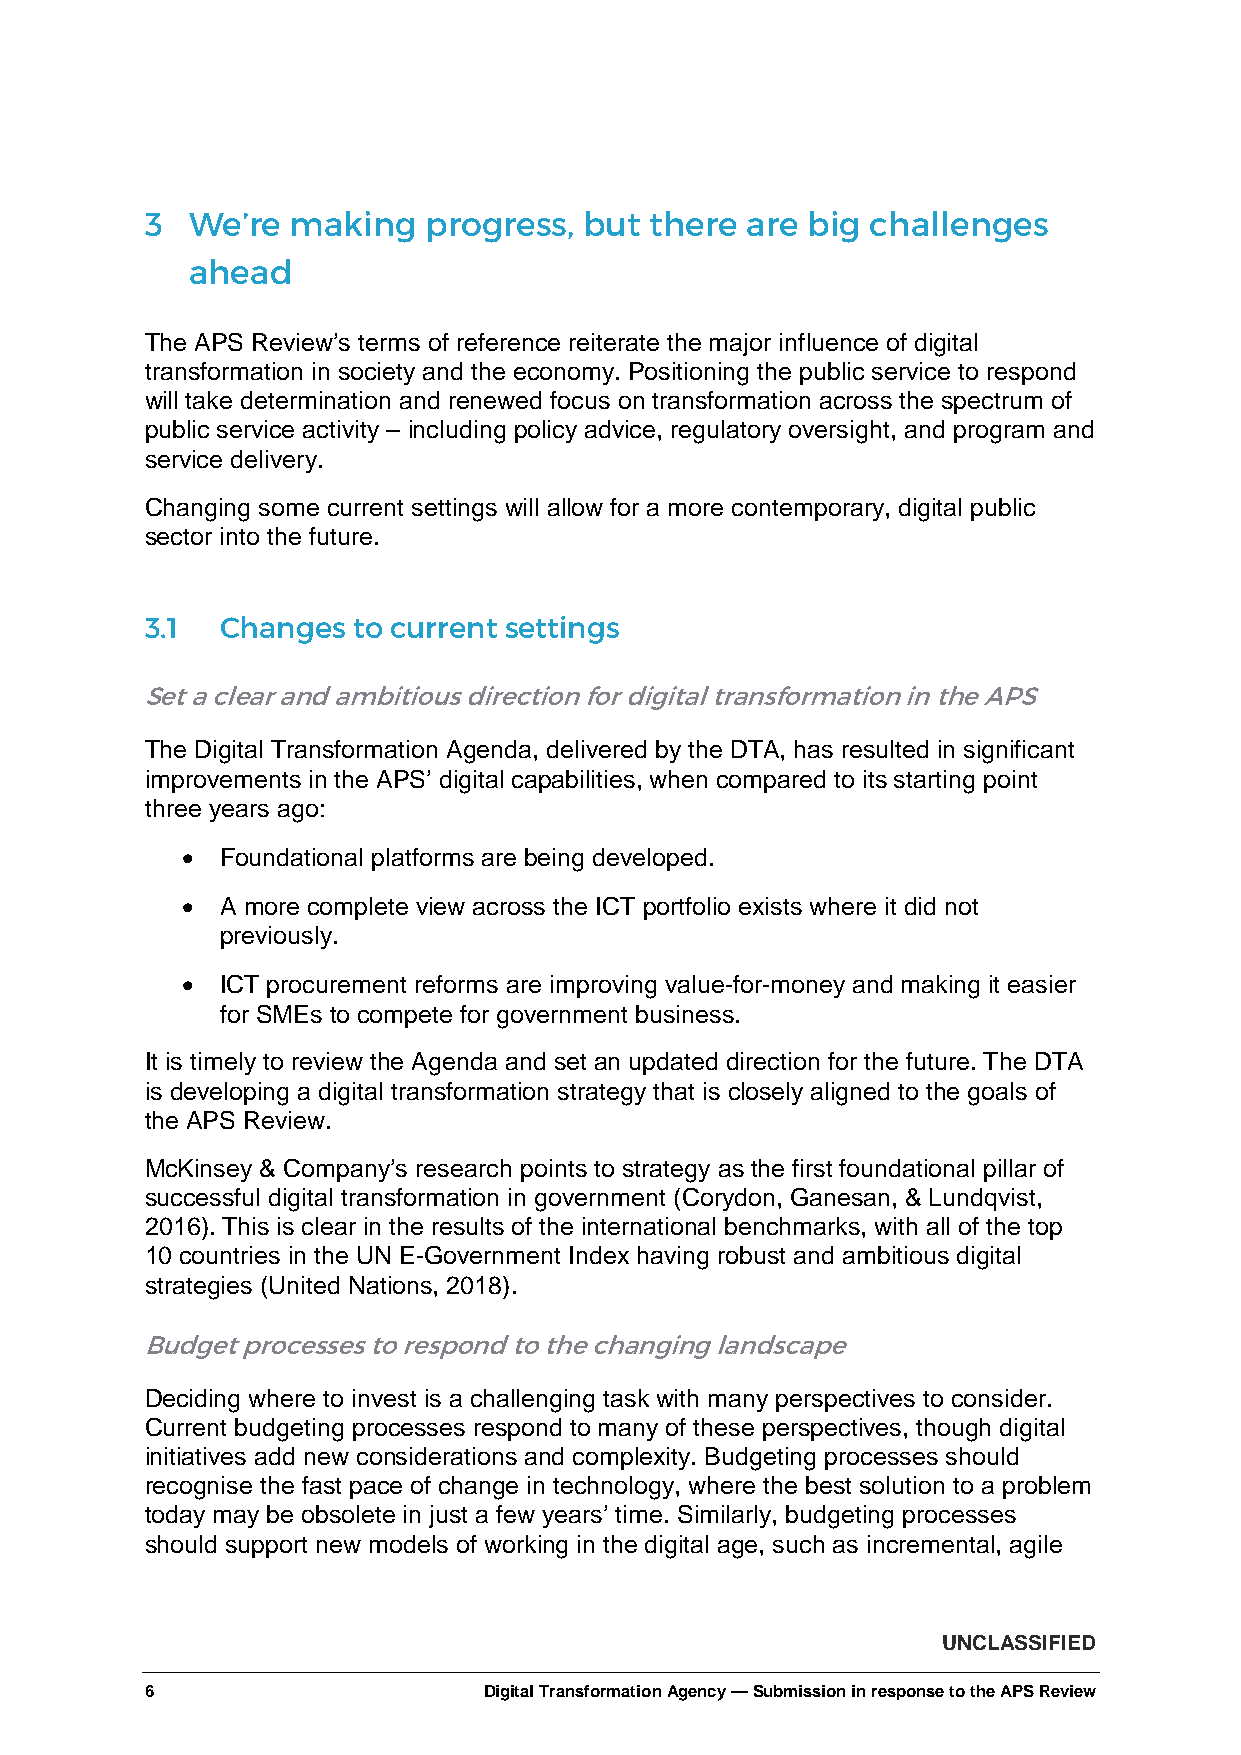
3  We’re making   progress,  but there are big  challenges
 ahead
 The APS Review’s terms of reference reiterate the major influence of digital
 transformation in society and the economy. Positioning the public service to respond
 will take determination and renewed focus on transformation across the spectrum of
 public service activity – including policy advice, regulatory oversight, and program and
 service delivery.
 Changing some current settings will allow for a more contemporary, digital public
 sector into the future.
 3.1  Changes to current settings
 Set a clear and ambitious direction for digital transformation in the APS
 The Digital Transformation Agenda, delivered by the DTA, has resulted in significant
 improvements in the APS’ digital capabilities, when compared to its starting point
 three years ago:
 •  Foundational platforms are being developed.
 •  A more complete view across the ICT portfolio exists where it did not
 previously.
 •  ICT procurement reforms are improving value-for-money and making it easier
 for SMEs to compete for government business.
 It is timely to review the Agenda and set an updated direction for the future. The DTA
 is developing a digital transformation strategy that is closely aligned to the goals of
 the APS Review.
 McKinsey & Company’s research points to strategy as the first foundational pillar of
 successful digital transformation in government (Corydon, Ganesan, & Lundqvist,
 2016). This is clear in the results of the international benchmarks, with all of the top
 10 countries in the UN E-Government Index having robust and ambitious digital
 strategies (United Nations, 2018).
 Budget processes to respond to the changing landscape
 Deciding where to invest is a challenging task with many perspectives to consider.
 Current budgeting processes respond to many of these perspectives, though digital
 initiatives add new considerations and complexity. Budgeting processes should
 recognise the fast pace of change in technology, where the best solution to a problem
 today may be obsolete in just a few years’ time. Similarly, budgeting processes
 should support new models of working in the digital age, such as incremental, agile
 UNCLASSIFIED
 6                     Digital Transformation Agency — Submission in response to the APS Review